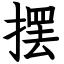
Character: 摆